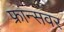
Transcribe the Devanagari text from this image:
फ्रांन्सवर